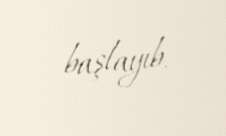
başlayıb.